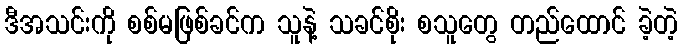
ဒီအသင်းကို စစ်မဖြစ်ခင်က သူနဲ့ သခင်စိုး စသူတွေ တည်ထောင် ခဲ့တဲ့